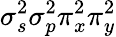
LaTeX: \sigma_{s}^{2}\sigma_{p}^{2}\pi_{x}^{2}\pi_{y}^{2}